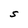
Character: S